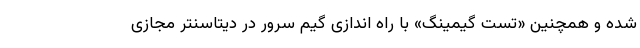
شده و همچنین «تست گیمینگ» با راه اندازی گیم سرور در دیتاسنتر مجازی